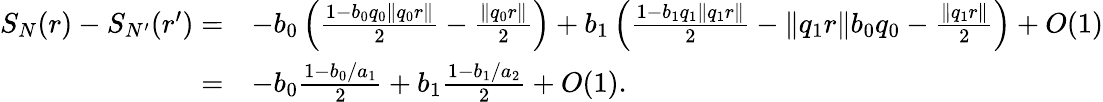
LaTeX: \begin{array}{rl}{S_{N}(r)-S_{N^{\prime}}(r^{\prime})=}&{-b_{0}\left(\frac{1-b_{0}q_{0}\| q_{0}r\| }{2}-\frac{\| q_{0}r\| }{2}\right)+b_{1}\left(\frac{1-b_{1}q_{1}\| q_{1}r\| }{2}-\| q_{1}r\| b_{0}q_{0}-\frac{\| q_{1}r\| }{2}\right)+O(1)}\\ {=}&{-b_{0}\frac{1-b_{0}/a_{1}}{2}+b_{1}\frac{1-b_{1}/a_{2}}{2}+O(1).}\end{array}